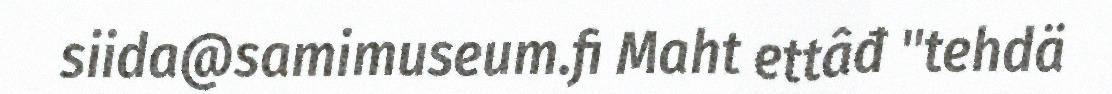
siida@samimuseum.fi Maht ettâđ "tehdä